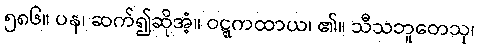
၅၈၆။ ပန၊ ဆက်၍ဆိုအံ့။ ဝဋ္ဋကထာယ၊ ၏။ သီသဘူတေသု၊